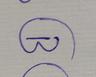
Signature authenticity: genuine